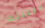
حبيبتك